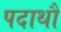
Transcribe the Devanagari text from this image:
पदाथौ